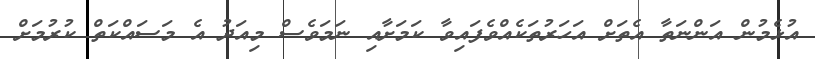
އުޅެމުން އަންނަތާ އެތަށް އަހަރުތަކެއްވެފައިވާ ކަމަށާއި ނަމަވެސް މިއަދު އެ މަސައްކަތް ކުރުމަށް